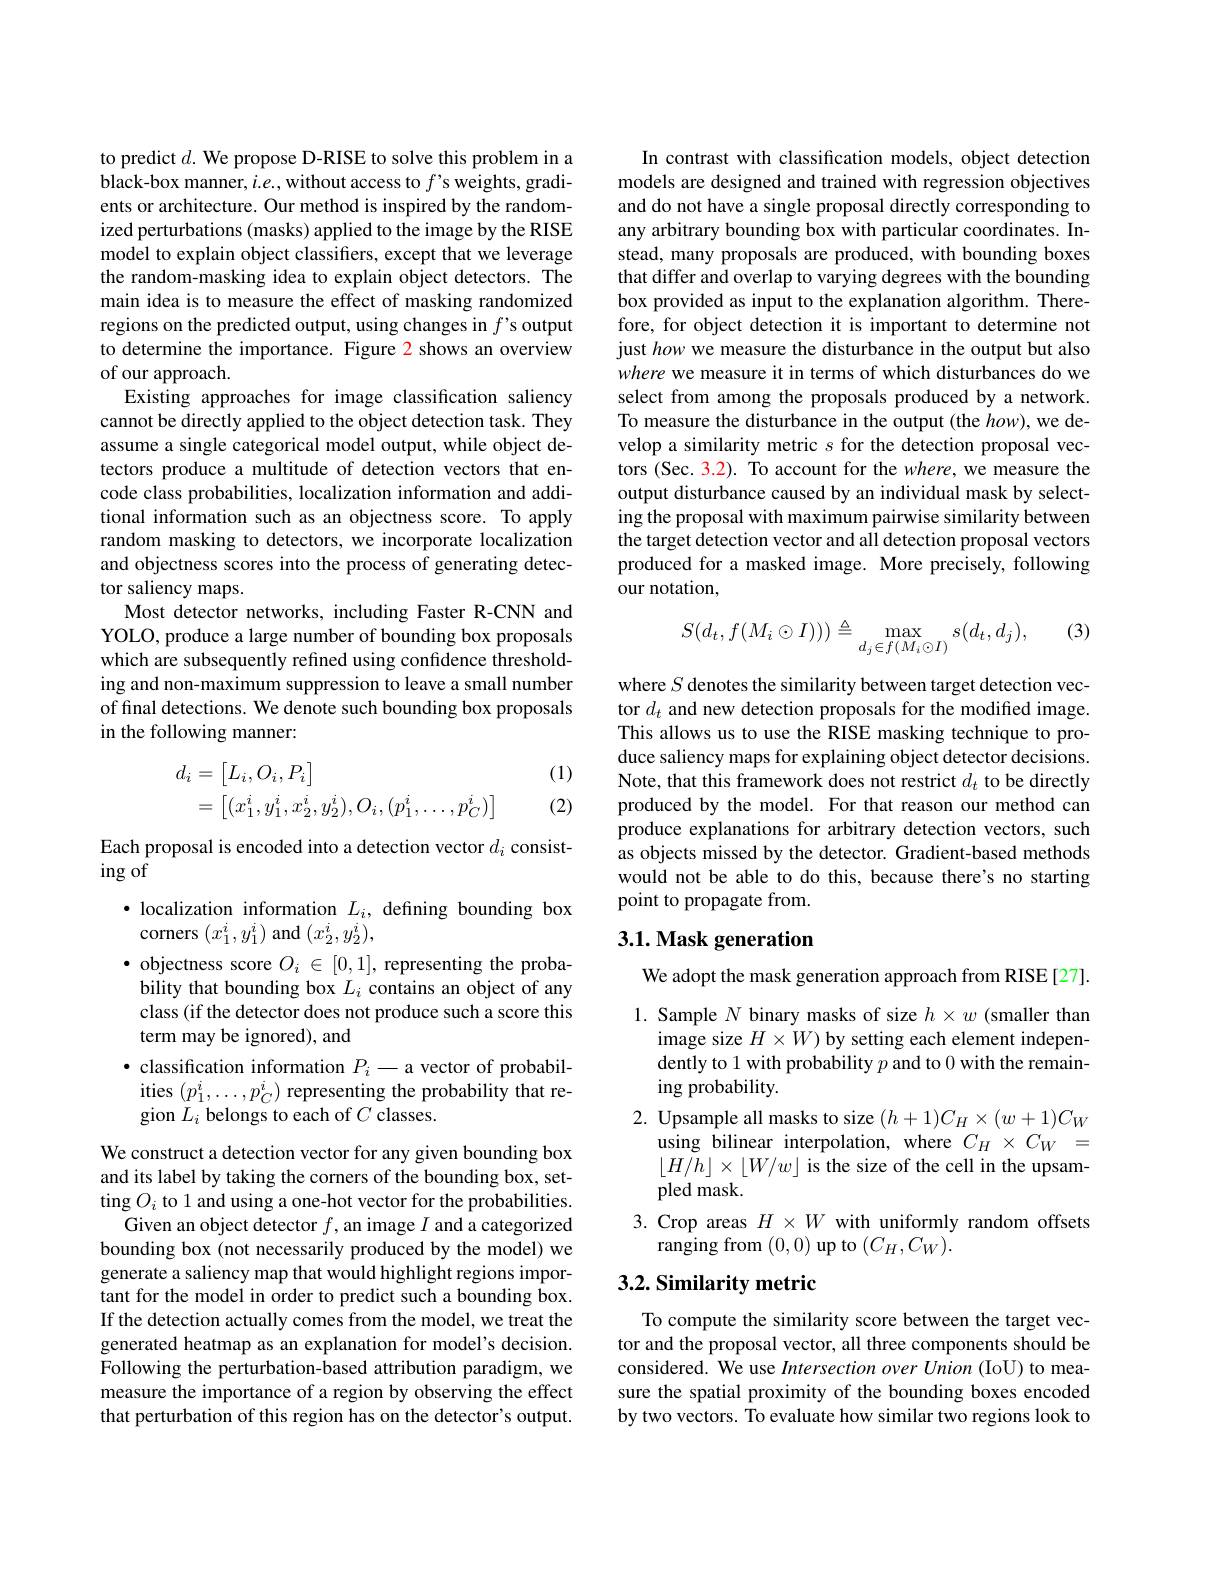
to predict $d.$ We propose D-RISE to solve this problem in a black-box manner, $i.e.$, without access to $f’$s weights, gradients or architecture. Our method is inspired by the randomized perturbations (masks) applied to the image by the RISE model to explain object classifiers, except that we leverage the random-masking idea to explain object detectors. The main idea is to measure the effect of masking randomized regions on the predicted output, using changes in $f’$s output to determine the importance. Figure 2 shows an overview of our approach.
Existing approaches for image classification saliency cannot be directly applied to the object detection task. They assume a single categorical model output, while object detectors produce a multitude of detection vectors that encode class probabilities, localization information and additional information such as an objectness score. To apply random masking to detectors, we incorporate localization and objectness scores into the process of generating detector saliency maps.
Most detector networks, including Faster R-CNN and YOLO, produce a large number of bounding box proposals which are subsequently refined using confidence thresholding and non-maximum suppression to leave a small number of final detections. We denote such bounding box proposals in the following manner:

(1)
$$\begin{aligned}d_i&=\begin{bmatrix}L_i,O_i,P_i\end{bmatrix}\\&=\begin{bmatrix}(x_1^i,y_1^i,x_2^i,y_2^i),O_i,(p_1^i,\dots,p_C^i)\end{bmatrix}\end{aligned}$$
(2)

Each proposal is encoded into a detection vector $d_i$ consist-
ing of

$\bullet$ localization information $L_i$, defining bounding box
corners $(x_1^i,y_1^i)$ and $(x_2^i,y_2^i)$,

$\bullet$ objectness score $O_i\in[0,1]$, representing the probability that bounding box $L_i$ contains an object of any class (if the detector does not produce such a score this term may be ignored), and
$\bullet$ classification information $P_i-$a vector of probabilities $(p_{1}^{i},\ldots,p_{C}^{i})$ representing the probability that region $L_i$ belongs to each of $C$ classes.

We construct a detection vector for any given bounding box and its label by taking the corners of the bounding box, setting $O_i$ to 1 and using a one-hot vector for the probabilities.
Given an object detector $f$,an image $I$ and a categorized bounding box (not necessarily produced by the model) we generate a saliency map that would highlight regions important for the model in order to predict such a bounding box. If the detection actually comes from the model, we treat the generated heatmap as an explanation for model's decision. Following the perturbation-based attribution paradigm, we measure the importance of a region by observing the effect that perturbation of this region has on the detector's output.

In contrast with classification models, object detection models are designed and trained with regression objectives and do not have a single proposal directly corresponding to any arbitrary bounding box with particular coordinates. Instead, many proposals are produced, with bounding boxes that differ and overlap to varying degrees with the bounding box provided as input to the explanation algorithm. Therefore, for object detection it is important to determine not just how we measure the disturbance in the output but also where we measure it in terms of which disturbances do we select from among the proposals produced by a network. To measure the disturbance in the output (the $how)$, we develop a similarity metric $s$ for the detection proposal vectors (Sec. 3.2). To account for the where, we measure the output disturbance caused by an individual mask by selecting the proposal with maximum pairwise similarity between the target detection vector and all detection proposal vectors produced for a masked image. More precisely, following our notation,

(3)
$$S(d_t,f(M_i\odot I)))\triangleq\max_{d_j\in f(M_i\odot I)}s(d_t,d_j),$$
where $S$ denotes the similarity between target detection vector $d_t$ and new detection proposals for the modified image. This allows us to use the RISE masking technique to produce saliency maps for explaining object detector decisions. Note, that this framework does not restrict $d_t$ to be directly produced by the model. For that reason our method can produce explanations for arbitrary detection vectors, such as objects missed by the detector. Gradient-based methods would not be able to do this, because there's no starting point to propagate from.

## 3.1. Mask generation

We adopt the mask generation approach from RISE[27].

1. Sample $N$ binary masks of size $h\times w$ (smaller than
image size $H\times W)$ by setting each element independently to 1 with probability $p$ and to 0 with the remaining probability.
2. Upsample all masks to size $(h+1)C_H\times(w+1)C_W$
using bilinear interpolation, where $C_H\times C_W=$ $\lfloor H/h\rfloor\times\lfloor W/w\rfloor$ is the size of the cell in the upsampled mask.
3. Crop areas $H\times W$ with uniformly random offsets
ranging from (0,0) up to $(C_H,C_W).$

### $3. 2. \textbf{Similarity metric}$

To compute the similarity score between the target vector and the proposal vector, all three components should be considered. We use Intersection over Union (IoU) to measure the spatial proximity of the bounding boxes encoded by two vectors. To evaluate how similar two regions look to